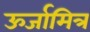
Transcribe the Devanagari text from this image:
ऊर्जामित्र